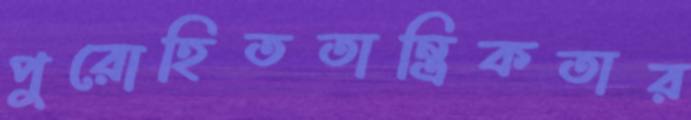
পুরোহিততান্ত্রিকতার